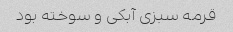
قرمه سبزی آبکی و سوخته بود